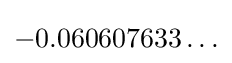
-0.060607633\ldots